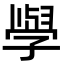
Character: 𭓕